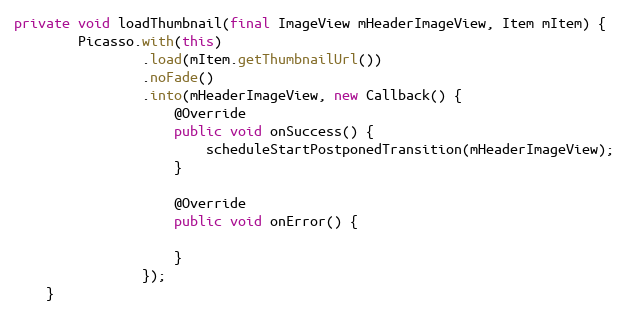
Language: Java
private void loadThumbnail(final ImageView mHeaderImageView, Item mItem) {
        Picasso.with(this)
                .load(mItem.getThumbnailUrl())
                .noFade()
                .into(mHeaderImageView, new Callback() {
                    @Override
                    public void onSuccess() {
                        scheduleStartPostponedTransition(mHeaderImageView);
                    }

                    @Override
                    public void onError() {

                    }
                });
    }